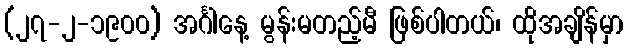
(၂၇-၂-၁၉၀၀) အင်္ဂါနေ့ မွန်းမတည့်မီ ဖြစ်ပါတယ်၊ ထိုအချိန်မှာ